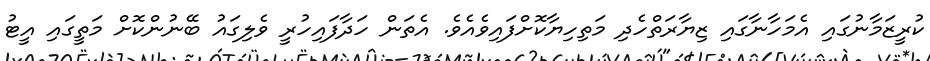
ކުރީޒަމާނުގައި އެމަހާނާގައި ޒިޔާރަތްހެދި މަތިހިޔާކޮށްފައިވެއެވެ. އެތަން ހަދާފައިހުރީ ވެލިގައު ބޭނުންކޮށް މަތީގައި އީޓު